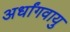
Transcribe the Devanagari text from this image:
अर्धांगवायु